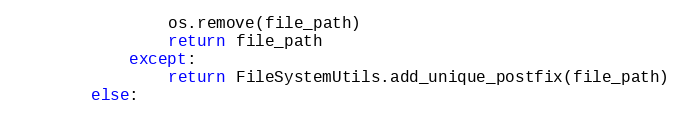
Language: Python
                os.remove(file_path)
                return file_path
            except:
                return FileSystemUtils.add_unique_postfix(file_path)
        else: